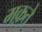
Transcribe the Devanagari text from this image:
मक़्ते